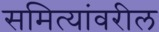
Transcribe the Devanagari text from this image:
समित्यांवरील